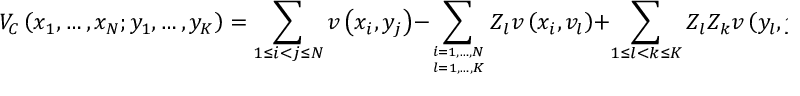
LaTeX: V _ { C } \left( x _ { 1 } , \ldots , x _ { N } ; y _ { 1 } , \ldots , y _ { K } \right) = \sum _ { 1 \leq i < j \leq N } v \left( x _ { i } , y _ { j } \right) - \sum _ { i = 1 , \ldots , N \atop l = 1 , \ldots , K } Z _ { l } v \left( x _ { i } , v _ { l } \right) + \sum _ { 1 \leq l < k \leq K } Z _ { l } Z _ { k } v \left( y _ { l } , y _ { k } \right) \ .